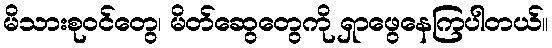
မိသားစုဝင်တွေ၊ မိတ်ဆွေတွေကို ရှာဖွေနေကြပါတယ်။